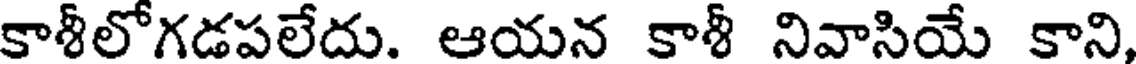
కాశీలోగడపలేదు. ఆయన కాశీ నివాసియే కాని,